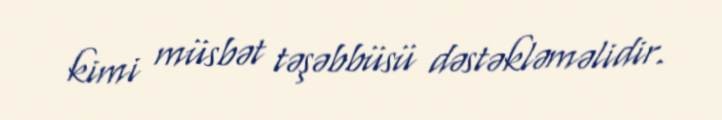
kimi müsbət təşəbbüsü dəstəkləməlidir.